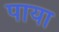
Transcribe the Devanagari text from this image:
पाया